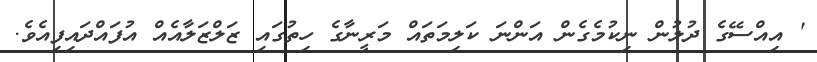
' އިއްސޭގެ ދުލުން ނިކުމެގެން އަންނަ ކަލިމަތައް މަރީނާގެ ހިތުގައި ޒަލްޒަލާއެއް އުފައްދައިފިއެވެ.